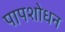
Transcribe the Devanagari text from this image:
पापशोधन